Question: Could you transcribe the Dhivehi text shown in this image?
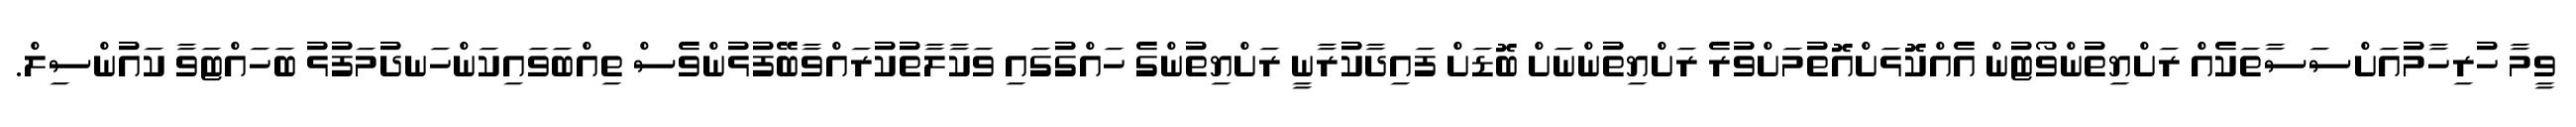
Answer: ވީމާ ހުރިހާމުއަށްސަސާތަކެއް ރަށްޔިތުންވޯޓުން އެއްކޮޅަށްއޮތުމަށްވުރެ ރަށްޔިތުންނަށް ބޮޑަށް ފައިދާކުރާނީ ރަށްޔިތުންގެ ހައްގުގައި ވަކާލާތުކުރައްވާބޭފުޅުންވެސް ތިއްބަވައިކަންހަނދުމަފުޅު ބަހައްޓަވާ ކައުންސިލް.